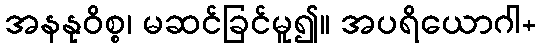
အနနုဝိစ္စ၊ မဆင်ခြင်မူ၍။ အပရိယောဂါ+